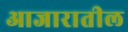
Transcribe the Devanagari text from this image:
आजारातील